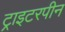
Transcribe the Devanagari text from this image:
ट्राइटरपीन